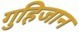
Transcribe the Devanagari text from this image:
गुहिजान